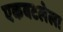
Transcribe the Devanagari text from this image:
एकवटलेला